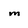
Character: m